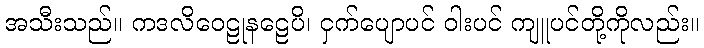
အသီးသည်။ ကဒလိဝေဠုနဠေပိ၊ ငှက်ပျောပင် ဝါးပင် ကျူပင်တို့ကိုလည်း။